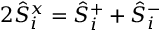
2 \hat { S } _ { i } ^ { x } = \hat { S } _ { i } ^ { + } + \hat { S } _ { i } ^ { - }